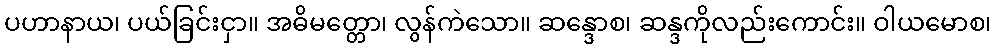
ပဟာနာယ၊ ပယ်ခြင်းငှာ။ အဓိမတ္တော၊ လွန်ကဲသော။ ဆန္ဒောစ၊ ဆန္ဒကိုလည်းကောင်း။ ဝါယမောစ၊